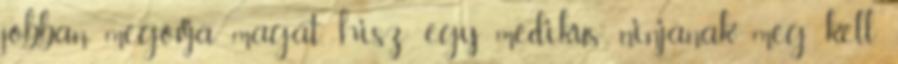
jobban megóvja magát, hisz egy medikus ninjának meg kell